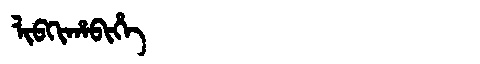
Manchu: ᠯᡳᠪᡴᡳᡥᠠᠪᡳᡥᡝ
Romanization: LIBKIHABIHE